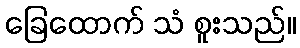
ခြေထောက် သံ စူးသည်။